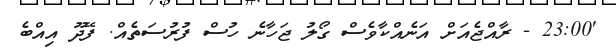
'23:00 - ރާއްޖެއަށް އަނެއްކާވެސް ގޯލު ޖަހާނެ ހުސް ފުރުސަތެއް. ފޭދޫ އިއްބެ